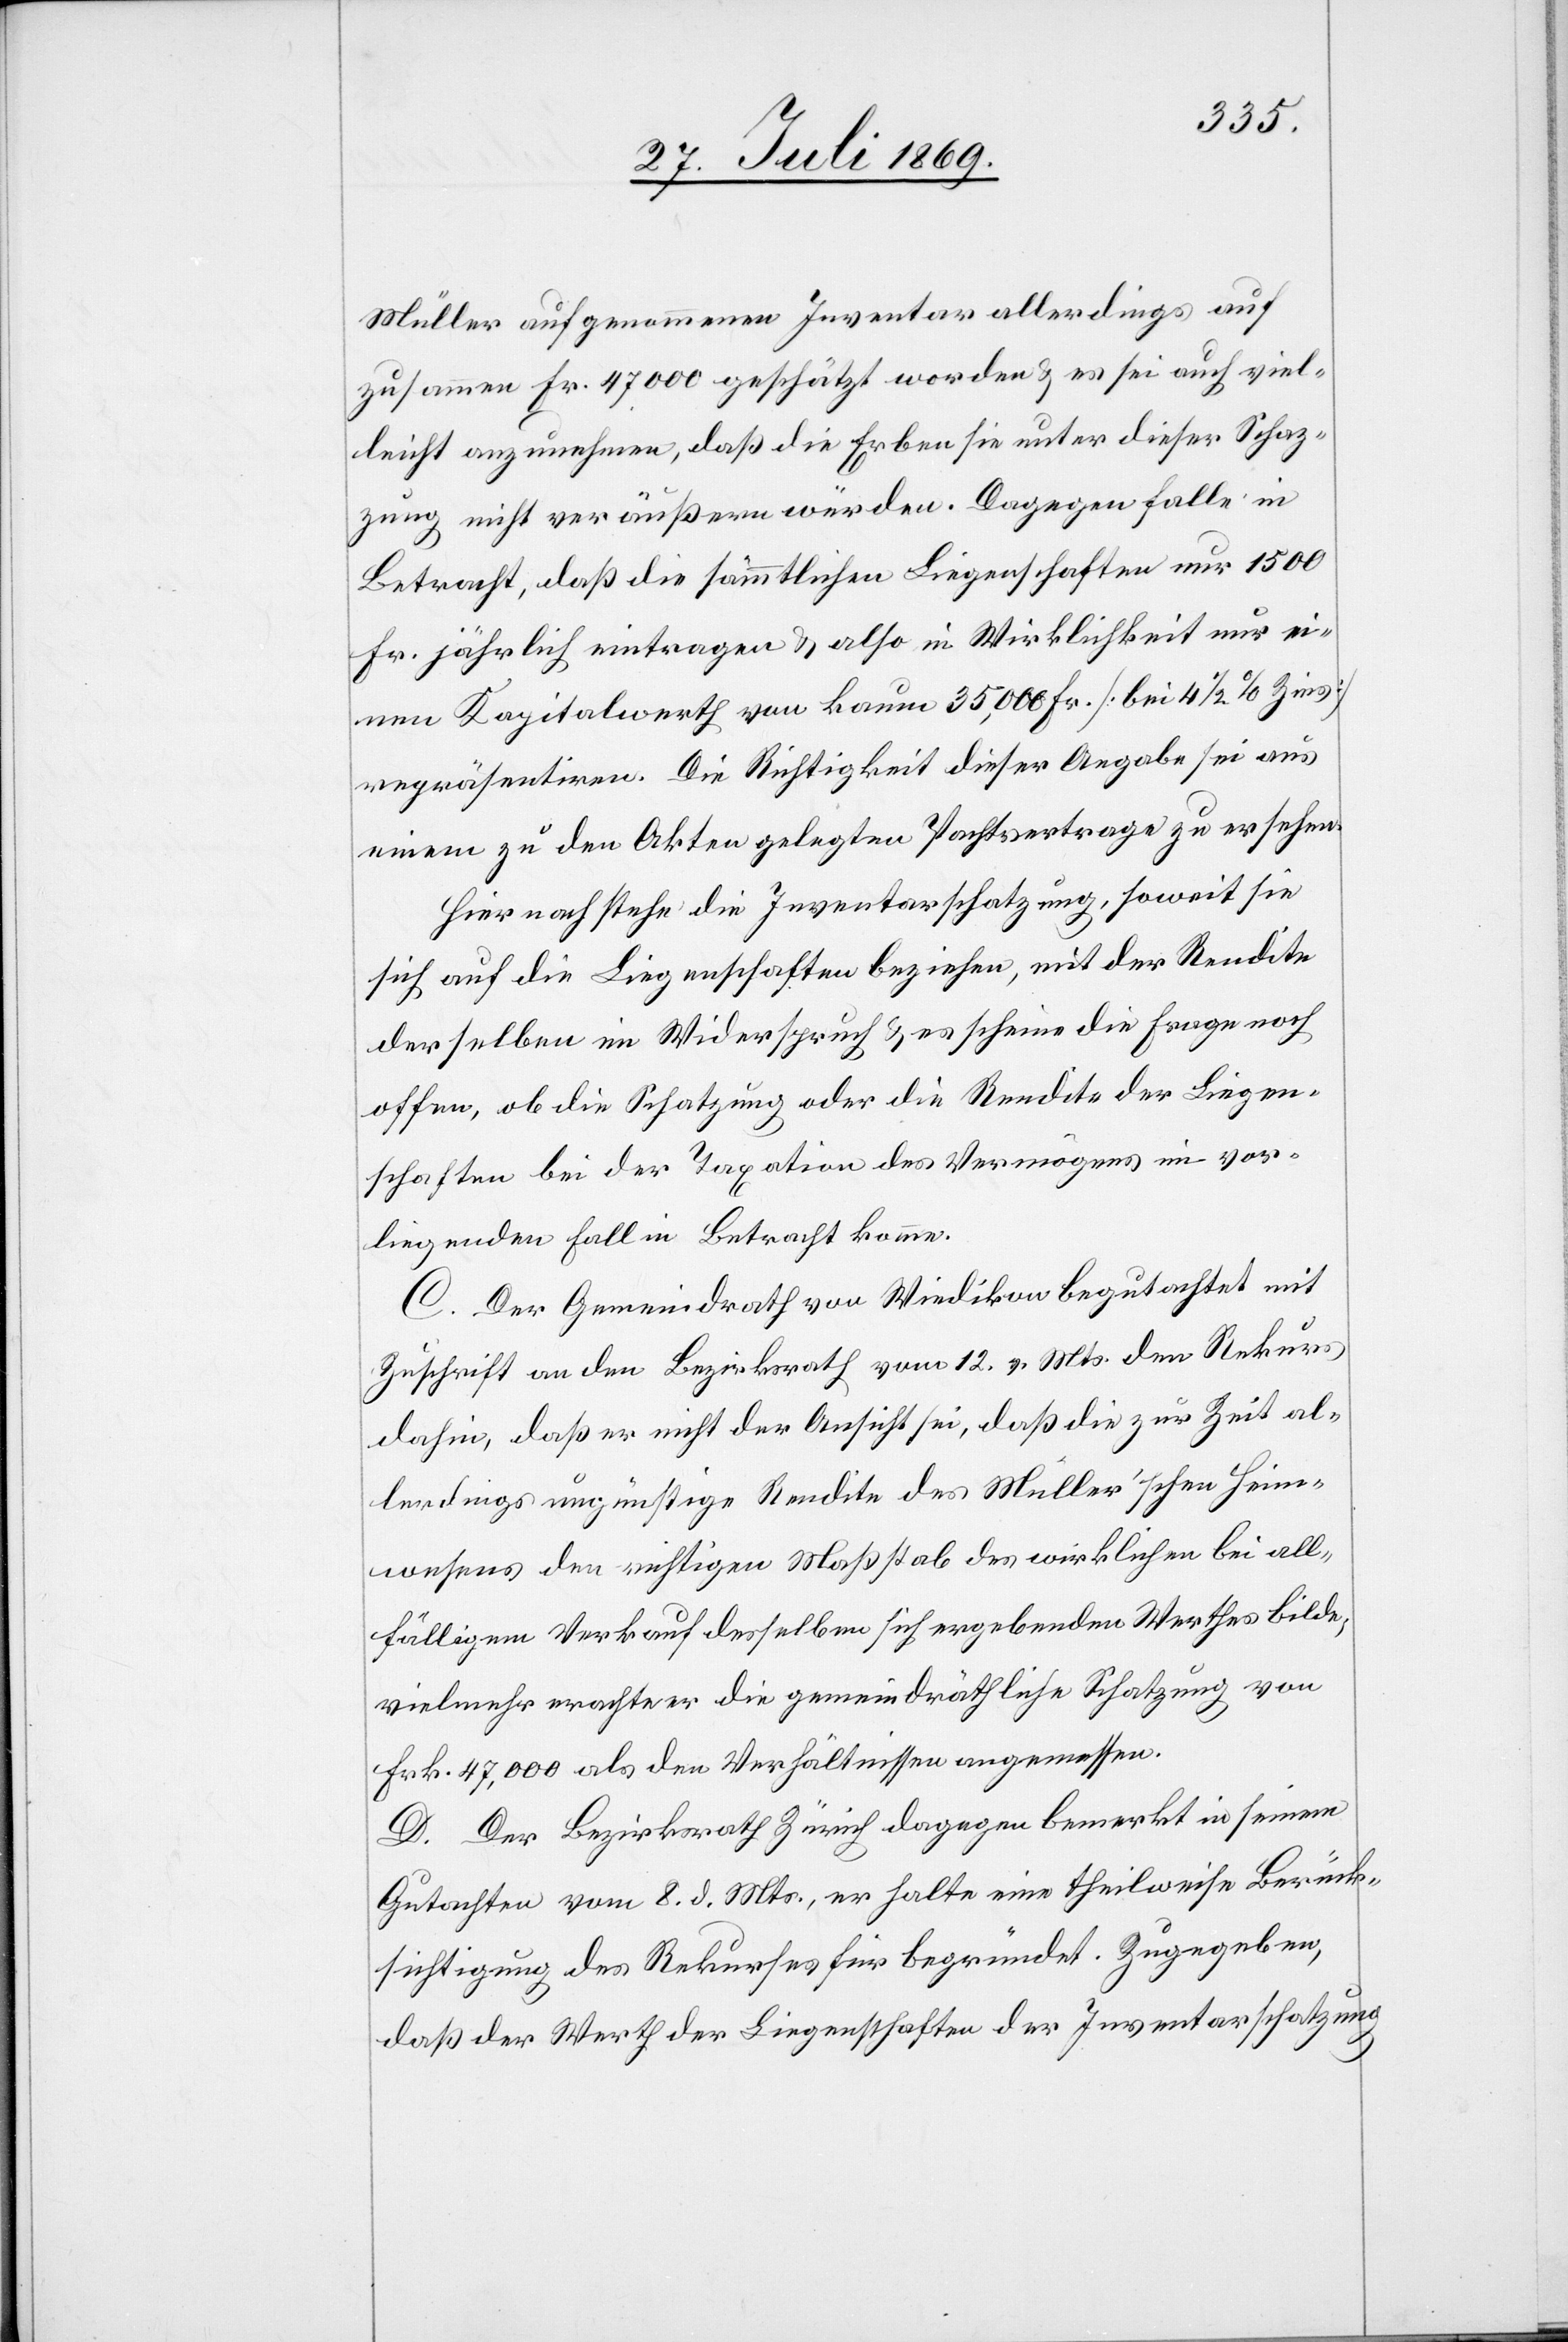
Müller aufgenommenen Inventar allerdings auf
zusammen Fr. 47 000 geschätzt worden u. es sei auch viel¬
leicht anzunehmen, daß die Erben sie unter dieser Schaz¬
ung nicht veräußern würden. Dagegen falle in
Betracht, daß sie sämmtlichen Liegenschaften nur 1500
Fr. jährlich eintragen u. also in Wirklichkeit nur ei¬
nen Kapitalwerth von kaum 35,000 Fr. [bei 4 1/2‰ Zins]
repräsentiren. Die Richtigkeit dieser Angabe sei aus
einem zu den Akten gelegten Pachtsvertrage zu ersehen.
Hiernach stehe die Inventarschätzung, soweit sie
sich auf die Liegenschaften beziehen [sic!], mit der Rendite
derselben im Widerspruch u. es scheine die Frage noch
offen, ob die Schatzung oder die Rendite der Liegen¬
schaften bei der Taxation des Vermögens im vor¬
liegenden Fall in Betracht komme.
C. Der Gemeindrath von Wiedikon begutachtet mit
Zuschrift an den Bezirksrath vom 12. v. Mts. den Rekurs
dahin, daß er nicht der Ansicht sei, daß die zur Zeit al¬
lerdings ungünstige Rendite des Müller’schen Heim¬
wesens den richtigen Maßstab des wirklichen bei all¬
fälligem Verkauf desselben sich ergebenden Werthes bilde,
vielmehr erachte er die gemeindräthliche Schatzung von
Frk. 47,000 als den Verhältnissen angemessen.
D. Der Bezirksrath Zürich dagegen bemerkt in seinem
Gutachten vom 8. d. Mts., er halte eine theilweise Berück¬
sichtigung des Rekurses für begründet. Zugegeben,
daß der Werth der Liegenschaften der Inventarschatzung